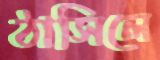
ঠাসিলে